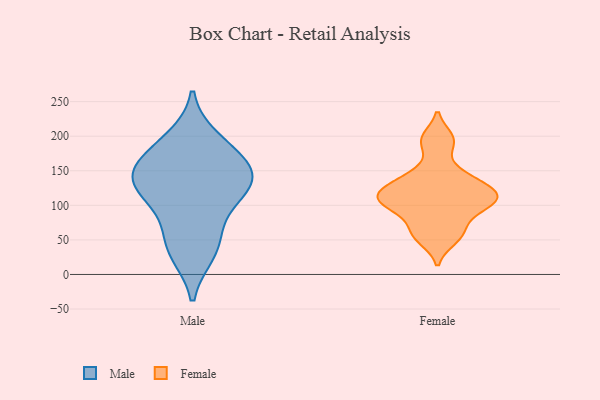
{"axis": {"x": "Waste Production (Tons)", "y": "Value"}, "legend": ["Female", "Male"], "data": [{"x": "", "y": 155, "type": "Male"}, {"x": "", "y": 31, "type": "Male"}, {"x": "", "y": 74, "type": "Male"}, {"x": "", "y": 40, "type": "Male"}, {"x": "", "y": 138, "type": "Male"}, {"x": "", "y": 131, "type": "Male"}, {"x": "", "y": 122, "type": "Male"}, {"x": "", "y": 155, "type": "Male"}, {"x": "", "y": 196, "type": "Male"}, {"x": "", "y": 179, "type": "Male"}, {"x": "", "y": 116, "type": "Male"}, {"x": "", "y": 106, "type": "Female"}, {"x": "", "y": 117, "type": "Female"}, {"x": "", "y": 59, "type": "Female"}, {"x": "", "y": 141, "type": "Female"}, {"x": "", "y": 197, "type": "Female"}, {"x": "", "y": 124, "type": "Female"}, {"x": "", "y": 102, "type": "Female"}, {"x": "", "y": 115, "type": "Female"}, {"x": "", "y": 123, "type": "Female"}, {"x": "", "y": 191, "type": "Female"}, {"x": "", "y": 67, "type": "Female"}, {"x": "", "y": 147, "type": "Female"}, {"x": "", "y": 94, "type": "Female"}, {"x": "", "y": 51, "type": "Female"}, {"x": "", "y": 100, "type": "Female"}]}